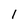
Character: 1